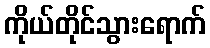
ကိုယ်တိုင်သွားရောက်